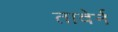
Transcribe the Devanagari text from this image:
तावेर्न